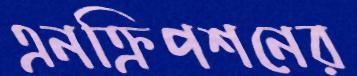
এনক্রিপশনের